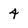
Character: 4